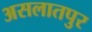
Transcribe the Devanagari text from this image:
असलातपुर